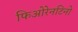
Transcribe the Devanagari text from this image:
फिओरेनटिनो